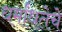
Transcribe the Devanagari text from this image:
धर्मांधतेचे